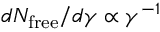
d N _ { \mathrm { f r e e } } / d \gamma \propto \gamma ^ { - 1 }